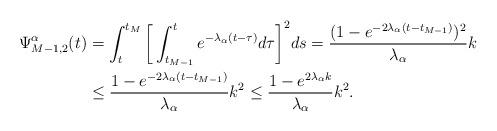
LaTeX: \begin{align*}\Psi_{M-1,2}^\alpha(t)&=\int_t^{t_M}\bigg[\int_{t_{M-1}}^t e^{-\lambda_\alpha(t-\tau)}d\tau \bigg]^2ds =\frac{(1-e^{-2\lambda_\alpha(t-t_{M-1})})^2}{\lambda_\alpha} k \\&\le \frac{1-e^{-2\lambda_\alpha(t-t_{M-1})}}{\lambda_\alpha} k^2\le \frac{1-e^{2\lambda_\alpha k}}{\lambda_\alpha} k^2.\end{align*}